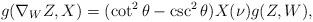
LaTeX: \begin{align*}g(\nabla_W{Z}, X)=(\cot^2{\theta}-\csc^{2}\theta)X(\nu)g(Z, W),\end{align*}